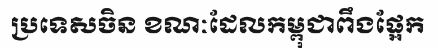
ប្រទេសចិន ខណៈដែលកម្ពុជាពឹងផ្អែក